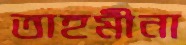
তাহমীনা